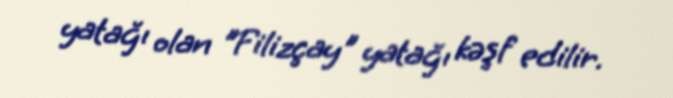
yatağı olan "Filizçay" yatağı kəşf edilir.